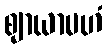
ဈာယာမဟံ